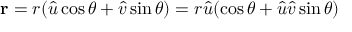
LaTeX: \mathbf { r } = r ( { \hat { u } } \cos \theta + { \hat { v } } \sin \theta ) = r { \hat { u } } ( \cos \theta + { \hat { u } } { \hat { v } } \sin \theta )